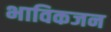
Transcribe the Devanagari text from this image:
भाविकजन